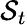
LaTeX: \mathcal{S}_{t}